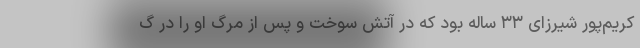
کریم‌پور شیرزای ۳۳ ساله بود که در آتش سوخت و پس از مرگ او را در گ